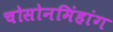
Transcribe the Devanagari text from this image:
चोसोनमिंहांग